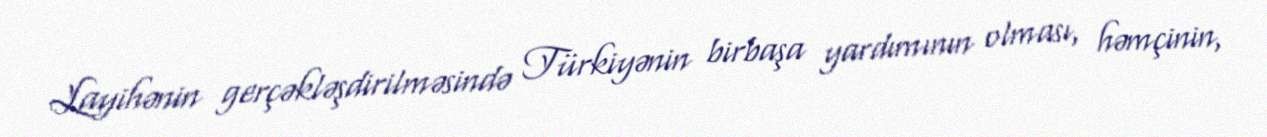
Layihənin gerçəkləşdirilməsində Türkiyənin birbaşa yardımının olması, həmçinin,